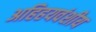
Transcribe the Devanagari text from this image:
अहिहयवंशीय